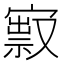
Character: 㝮